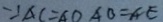
\because A C = A O A B = A E